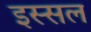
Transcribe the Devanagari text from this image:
इस्सल